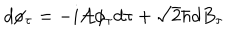
d \phi _ { \tau } = - i { \cal A } \phi _ { \tau } d \tau + \sqrt { 2 } \hbar d B _ { \tau }